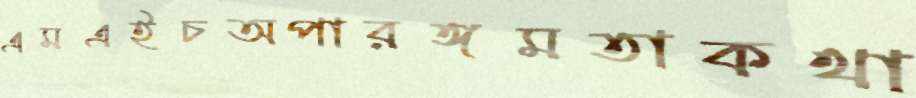
এমএইচঅপারঙ্গমতাকথা